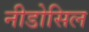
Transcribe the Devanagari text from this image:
नीडोसिल